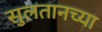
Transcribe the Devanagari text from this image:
सुलतानच्या